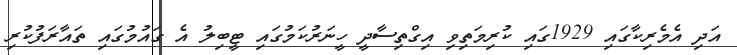
އަދި އެމެރިކާގައި 1929ގައި ކުރިމަތިވި އިގްތިސާދީ ހީނަރުކަމުގައި ޓީބިލު އެ ގައުމުގައި ތައާރަފުކުރި